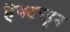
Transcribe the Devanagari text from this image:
हेक्टरहून